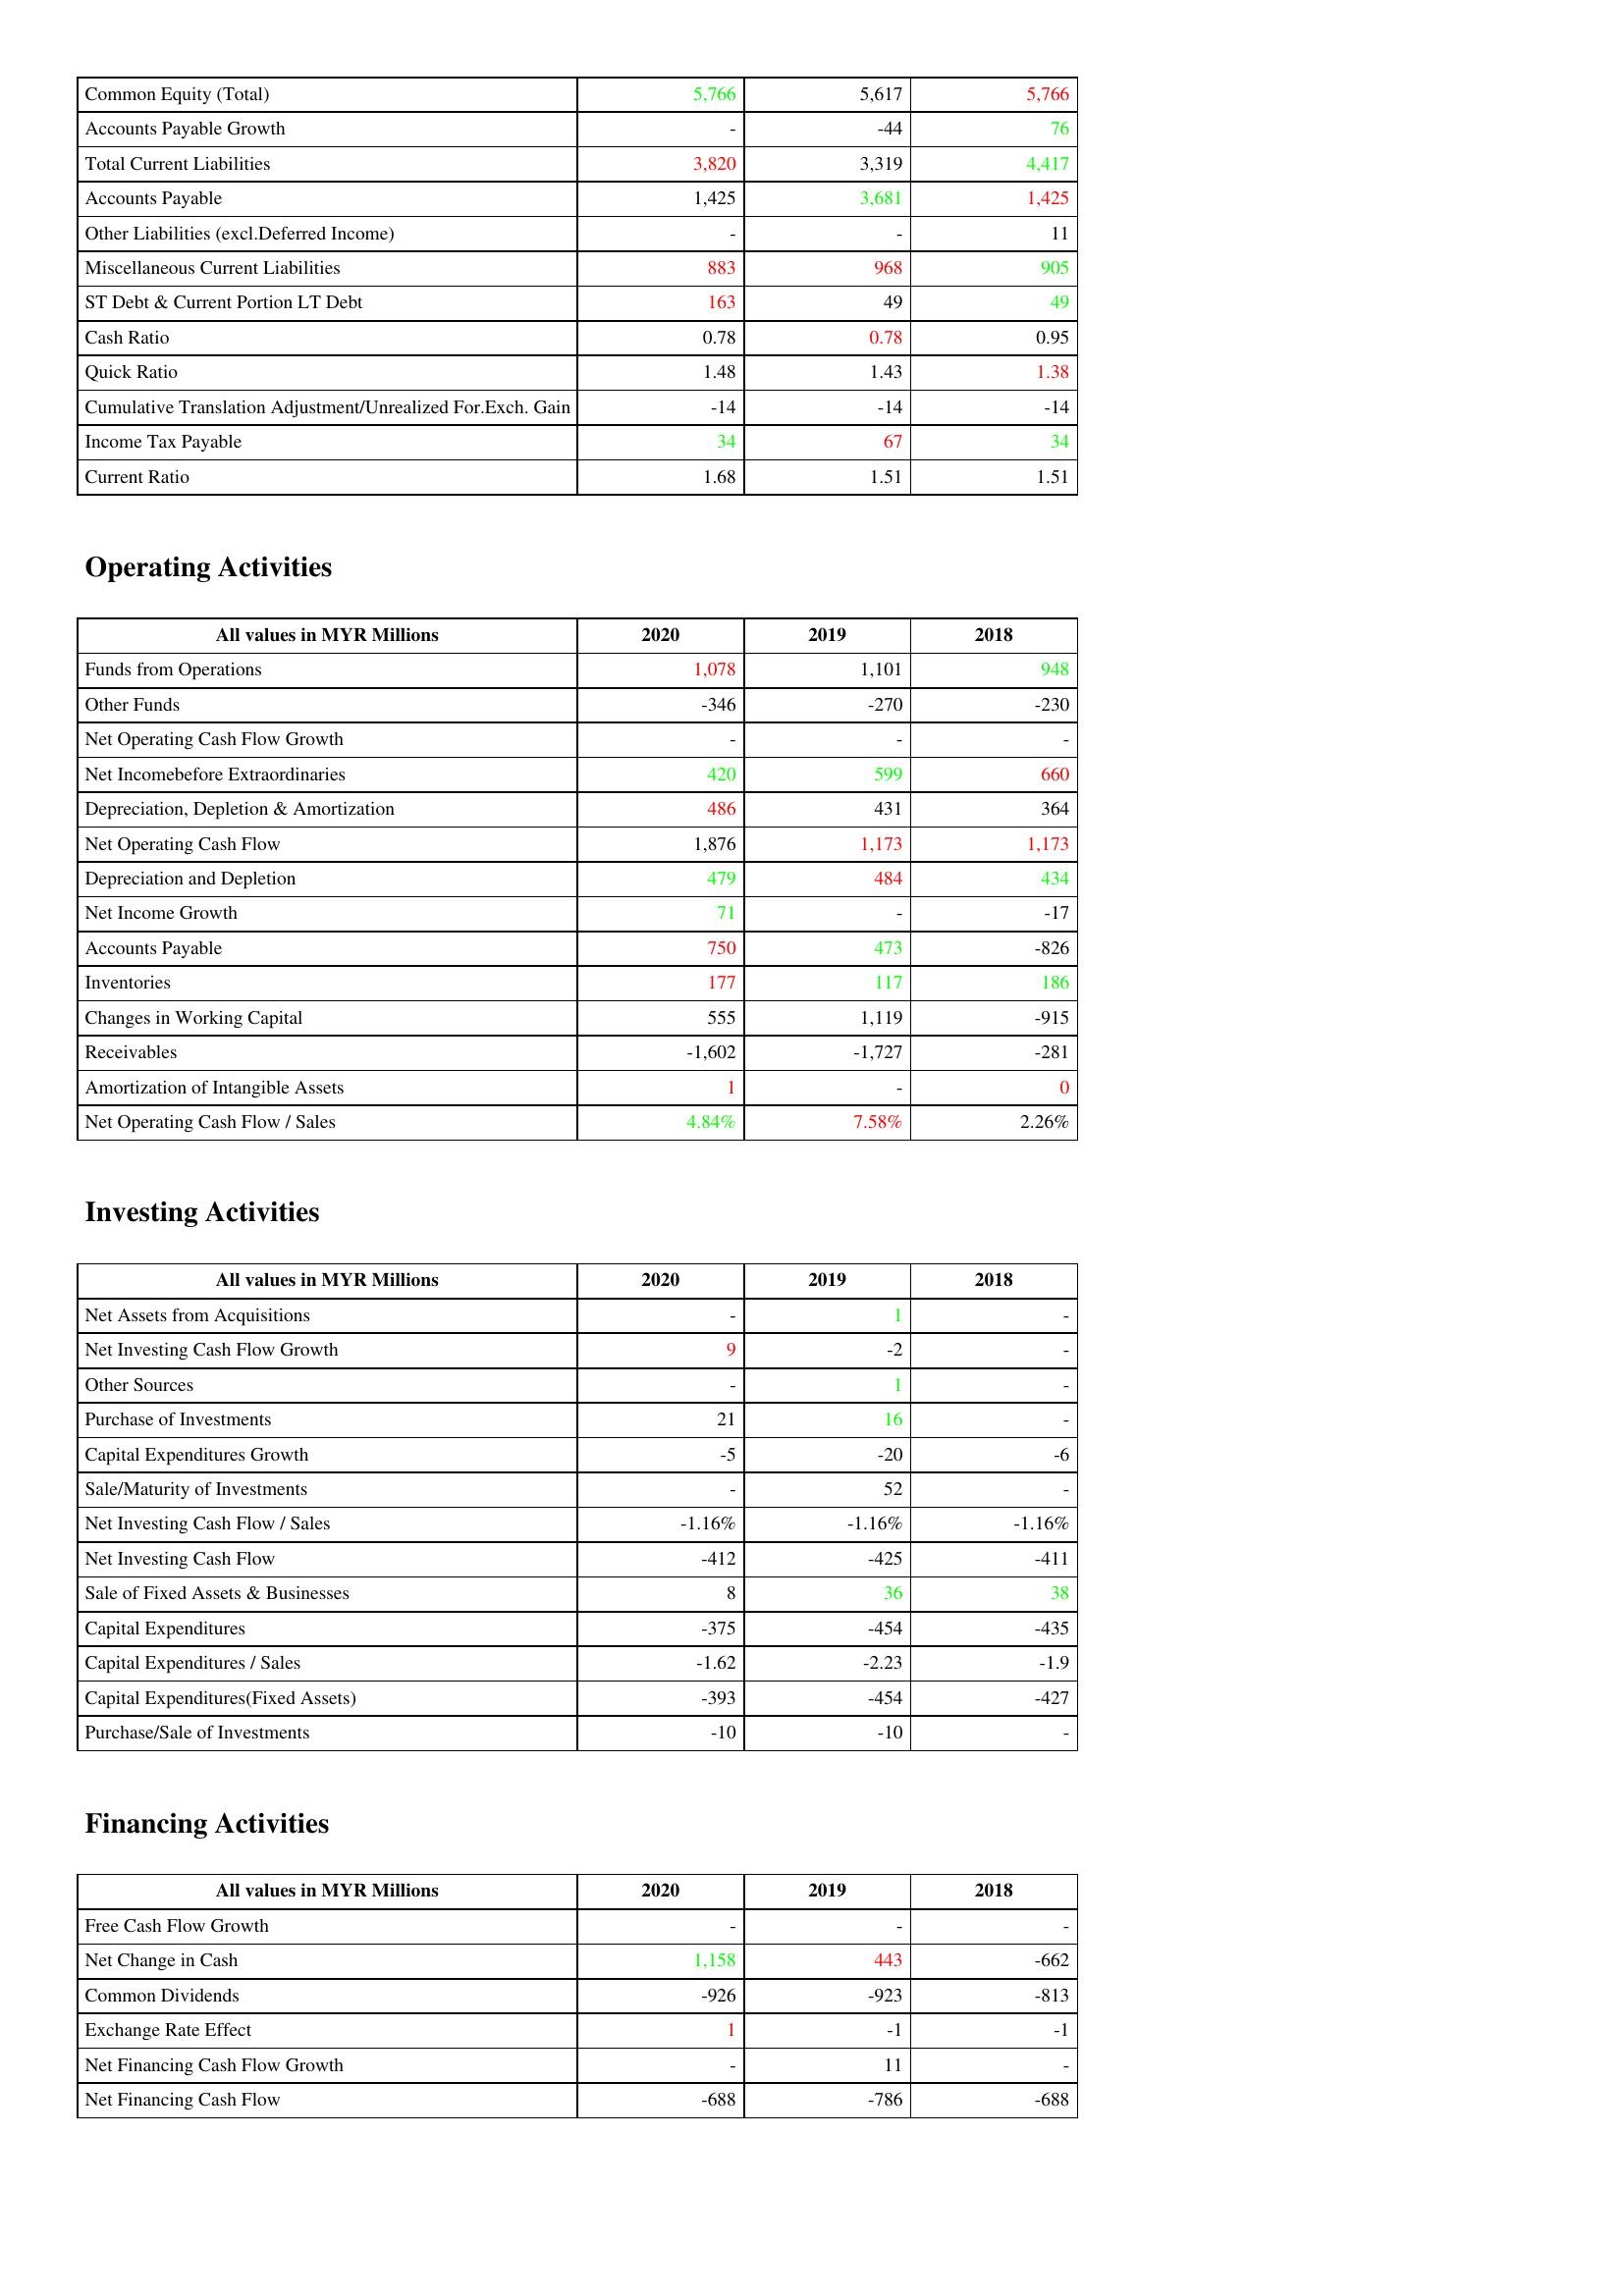
gt_parse: 2020: Liabilities & Shareholder's Equity: Common Equity (Total): 5,766
Accounts Payable Growth: -
Total Current Liabilities: 3,820
Accounts Payable: 1,425
Other Liabilities (excl.Deferred Income): -
Miscellaneous Current Liabilities: 883
ST Debt & Current Portion LT Debt: 163
Cash Ratio: 0.78
Quick Ratio: 1.48
Cumulative Translation Adjustment/Unrealized For.Exch. Gain: -14
Income Tax Payable: 34
Current Ratio: 1.68
Operating Activities: Funds from Operations: 1,078
Other Funds: -346
Net Operating Cash Flow Growth: -
Net Incomebefore Extraordinaries: 420
Depreciation, Depletion & Amortization: 486
Net Operating Cash Flow: 1,876
Depreciation and Depletion: 479
Net Income Growth: 71
Accounts Payable: 750
Inventories: 177
Changes in Working Capital: 555
Receivables: -1,602
Amortization of Intangible Assets: 1
Net Operating Cash Flow / Sales: 4.84%
Investing Activities: Net Assets from Acquisitions: -
Net Investing Cash Flow Growth: 9
Other Sources: -
Purchase of Investments: 21
Capital Expenditures Growth: -5
Sale/Maturity of Investments: -
Net Investing Cash Flow / Sales: -1.16%
Net Investing Cash Flow: -412
Sale of Fixed Assets & Businesses: 8
Capital Expenditures: -375
Capital Expenditures / Sales: -1.62
Capital Expenditures(Fixed Assets): -393
Purchase/Sale of Investments: -10
Financing Activities: Free Cash Flow Growth: -
Net Change in Cash: 1,158
Common Dividends: -926
Exchange Rate Effect: 1
Net Financing Cash Flow Growth: -
Net Financing Cash Flow: -688
2019: Liabilities & Shareholder's Equity: Common Equity (Total): 5,617
Accounts Payable Growth: -44
Total Current Liabilities: 3,319
Accounts Payable: 3,681
Other Liabilities (excl.Deferred Income): -
Miscellaneous Current Liabilities: 968
ST Debt & Current Portion LT Debt: 49
Cash Ratio: 0.78
Quick Ratio: 1.43
Cumulative Translation Adjustment/Unrealized For.Exch. Gain: -14
Income Tax Payable: 67
Current Ratio: 1.51
Operating Activities: Funds from Operations: 1,101
Other Funds: -270
Net Operating Cash Flow Growth: -
Net Incomebefore Extraordinaries: 599
Depreciation, Depletion & Amortization: 431
Net Operating Cash Flow: 1,173
Depreciation and Depletion: 484
Net Income Growth: -
Accounts Payable: 473
Inventories: 117
Changes in Working Capital: 1,119
Receivables: -1,727
Amortization of Intangible Assets: -
Net Operating Cash Flow / Sales: 7.58%
Investing Activities: Net Assets from Acquisitions: 1
Net Investing Cash Flow Growth: -2
Other Sources: 1
Purchase of Investments: 16
Capital Expenditures Growth: -20
Sale/Maturity of Investments: 52
Net Investing Cash Flow / Sales: -1.16%
Net Investing Cash Flow: -425
Sale of Fixed Assets & Businesses: 36
Capital Expenditures: -454
Capital Expenditures / Sales: -2.23
Capital Expenditures(Fixed Assets): -454
Purchase/Sale of Investments: -10
Financing Activities: Free Cash Flow Growth: -
Net Change in Cash: 443
Common Dividends: -923
Exchange Rate Effect: -1
Net Financing Cash Flow Growth: 11
Net Financing Cash Flow: -786
2018: Liabilities & Shareholder's Equity: Common Equity (Total): 5,766
Accounts Payable Growth: 76
Total Current Liabilities: 4,417
Accounts Payable: 1,425
Other Liabilities (excl.Deferred Income): 11
Miscellaneous Current Liabilities: 905
ST Debt & Current Portion LT Debt: 49
Cash Ratio: 0.95
Quick Ratio: 1.38
Cumulative Translation Adjustment/Unrealized For.Exch. Gain: -14
Income Tax Payable: 34
Current Ratio: 1.51
Operating Activities: Funds from Operations: 948
Other Funds: -230
Net Operating Cash Flow Growth: -
Net Incomebefore Extraordinaries: 660
Depreciation, Depletion & Amortization: 364
Net Operating Cash Flow: 1,173
Depreciation and Depletion: 434
Net Income Growth: -17
Accounts Payable: -826
Inventories: 186
Changes in Working Capital: -915
Receivables: -281
Amortization of Intangible Assets: 0
Net Operating Cash Flow / Sales: 2.26%
Investing Activities: Net Assets from Acquisitions: -
Net Investing Cash Flow Growth: -
Other Sources: -
Purchase of Investments: -
Capital Expenditures Growth: -6
Sale/Maturity of Investments: -
Net Investing Cash Flow / Sales: -1.16%
Net Investing Cash Flow: -411
Sale of Fixed Assets & Businesses: 38
Capital Expenditures: -435
Capital Expenditures / Sales: -1.9
Capital Expenditures(Fixed Assets): -427
Purchase/Sale of Investments: -
Financing Activities: Free Cash Flow Growth: -
Net Change in Cash: -662
Common Dividends: -813
Exchange Rate Effect: -1
Net Financing Cash Flow Growth: -
Net Financing Cash Flow: -688